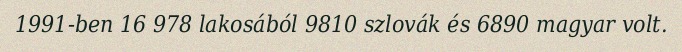
1991-ben 16 978 lakosából 9810 szlovák és 6890 magyar volt.